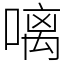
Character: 𠻗